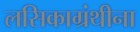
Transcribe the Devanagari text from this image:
लसिकाग्रंथीना